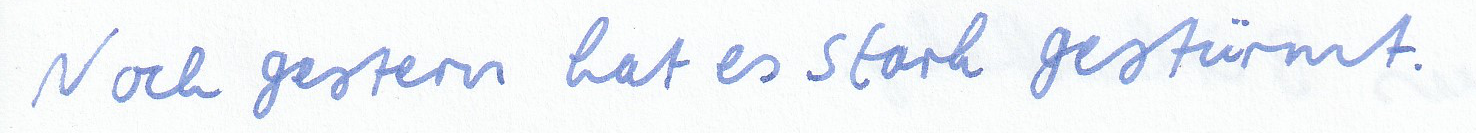
Noch gestern hat es stark gestürmt.